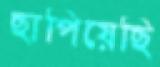
ছাপিয়েছি